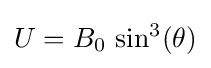
U=B_{0}\,\sin ^{3}(\theta )